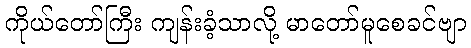
ကိုယ်တော်ကြီး ကျန်းခံ့သာလို့ မာတော်မူစေခင်ဗျာ